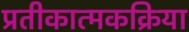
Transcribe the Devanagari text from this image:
प्रतीकात्मकक्रिया